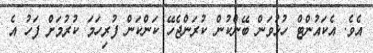
އެވެ. އެކައުންޓް ހުޅުވަން ބޭންކުން ކުރަންޖެހޭ ކަންކަން ފުރިހަމަ ކުރުމަށް ފަހު އެ